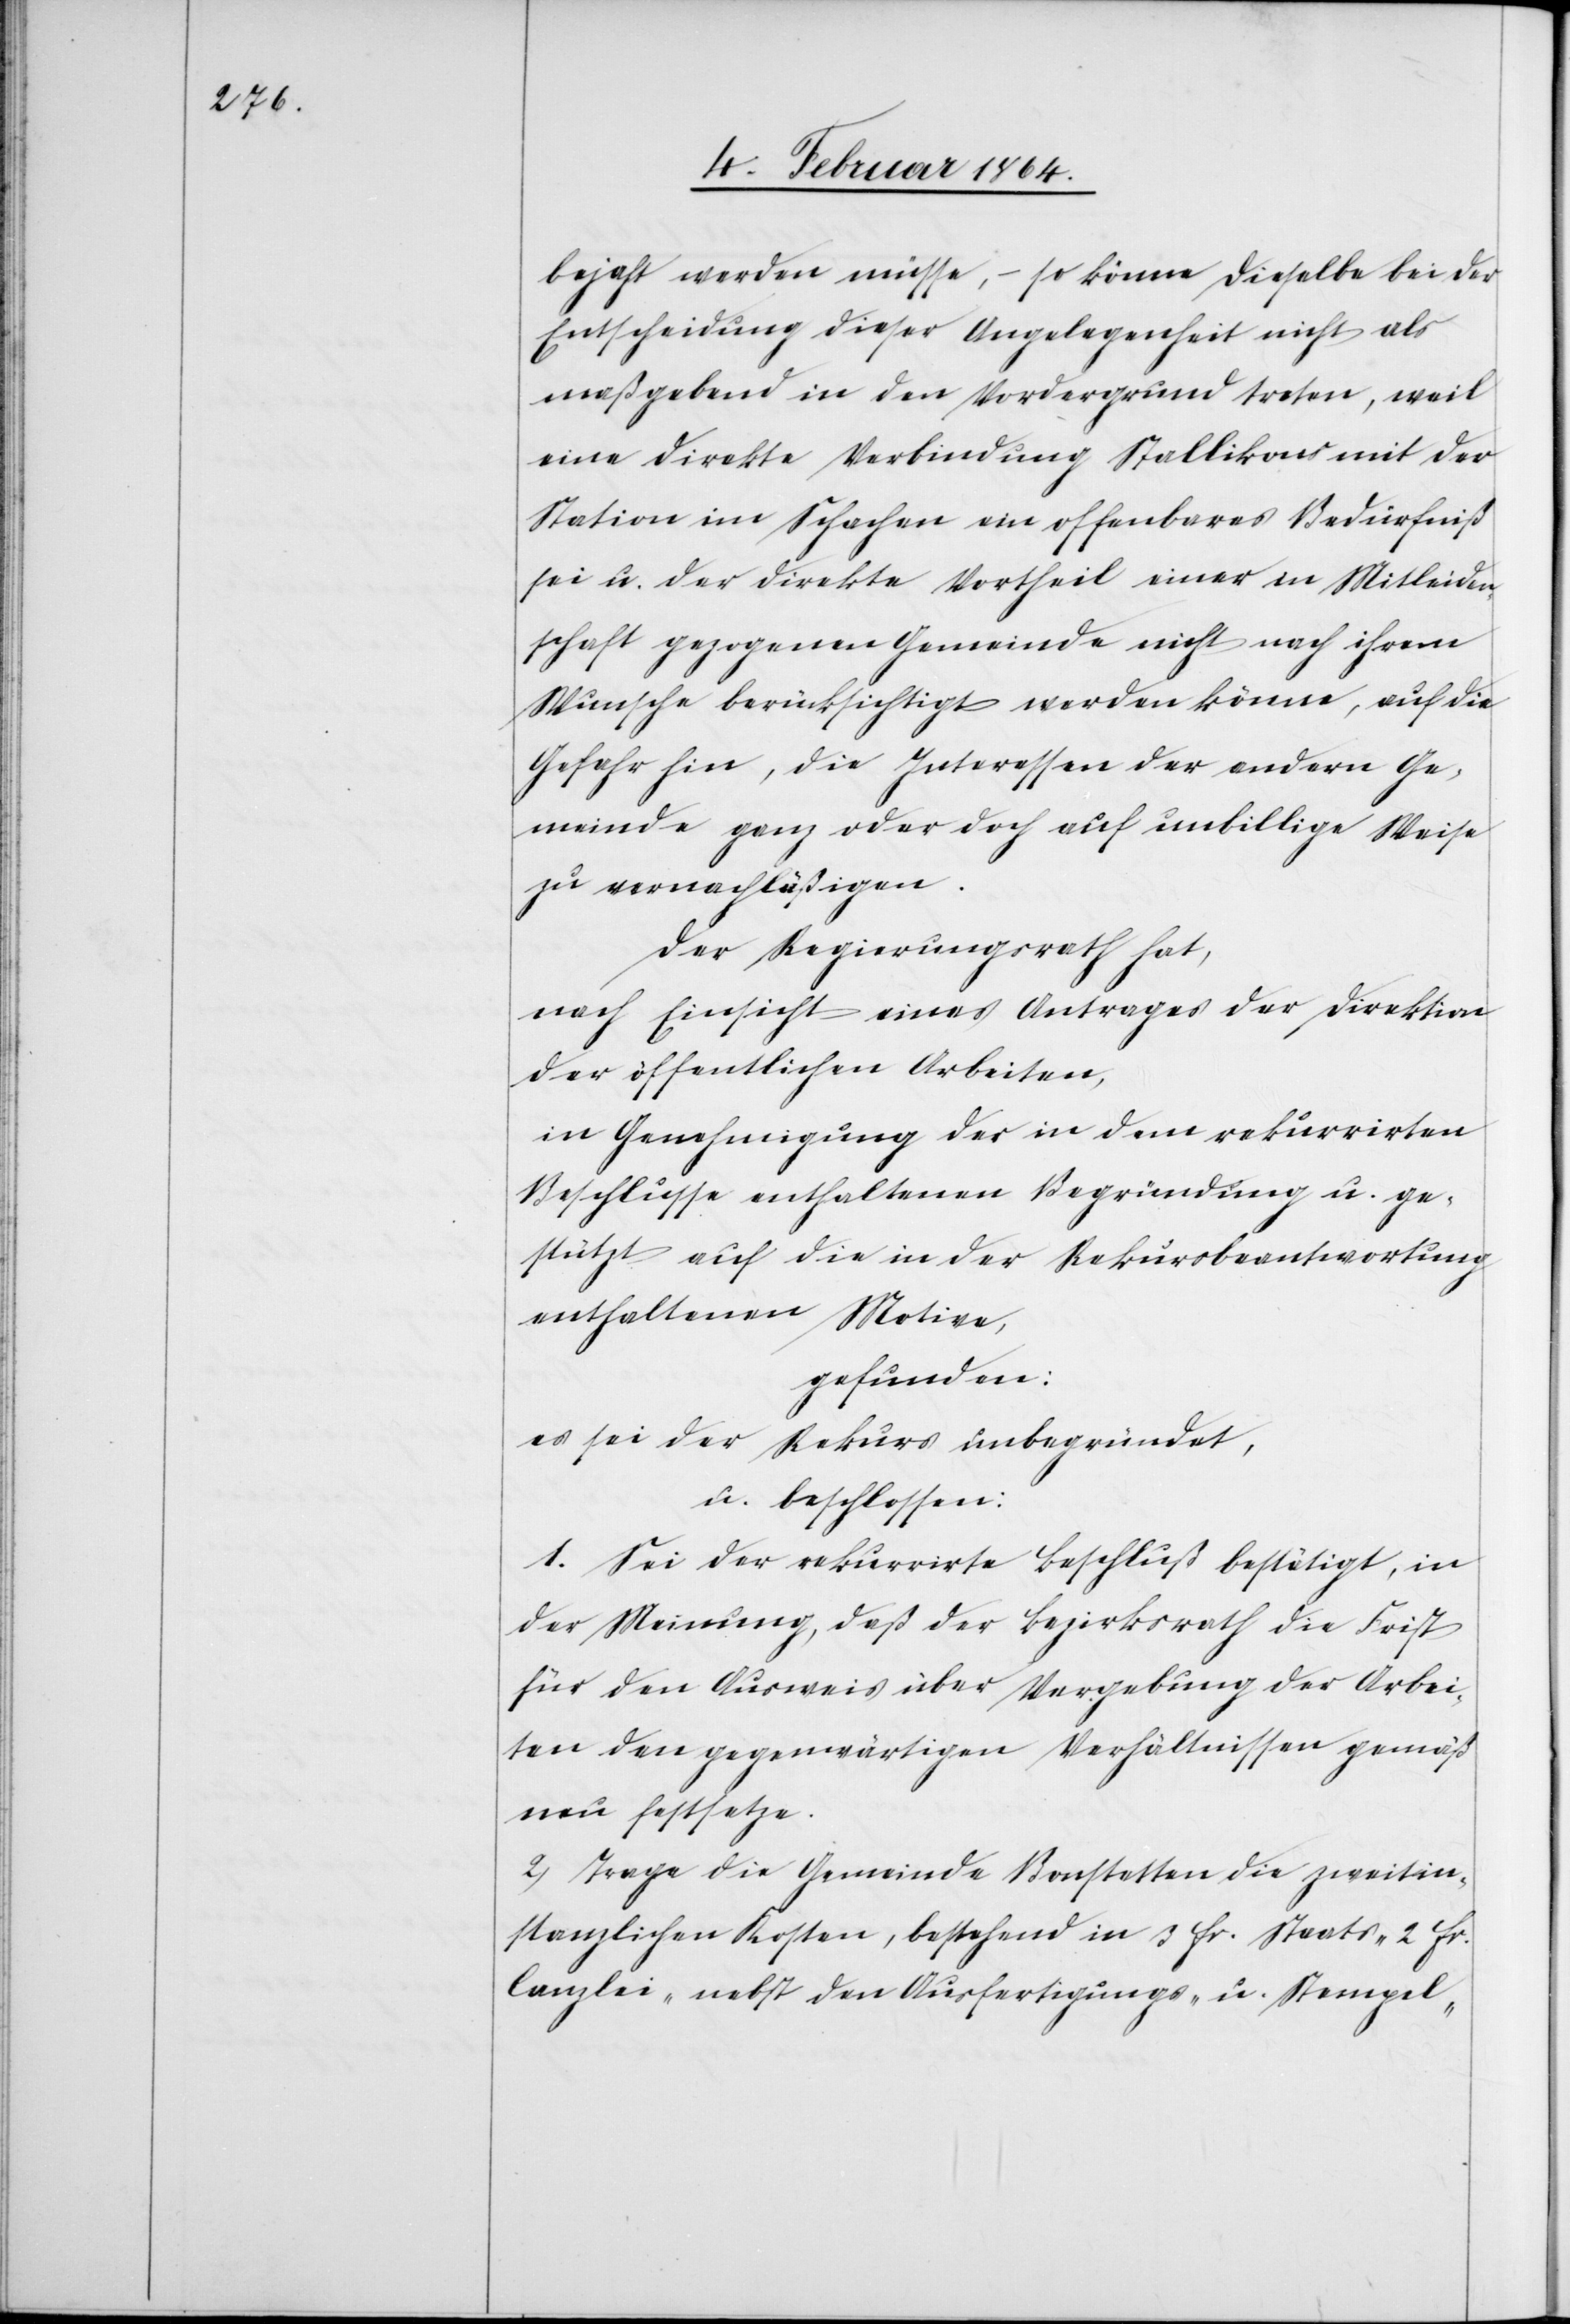
bejaht werden müsse, – so könne dieselbe bei der
Entscheidung dieser Angelegenheit nicht als
maßgebend in den Vordergrund treten, weil
eine direkte Verbindung Stallikons mit der
Station im Schachen ein offenbares Bedürfniß
sei u. der direkte Vortheil einer in Mitleiden¬
schaft gezogenen Gemeinde nicht nach ihrem
Wunsche berücksichtigt werden könne, auf die
Gefahr hin, die Interessen der andern Ge¬
meinde ganz oder doch auf unbillige Weise
zu vernachläßigen.
Der Regierungsrath hat,
nach Einsicht eines Antrages der Direktion
der öffentlichen Arbeiten,
in Genehmigung der in dem rekurrirten
Beschlusse enthaltenen Begründung u. ge¬
stützt auf die in der Rekursbeantwortung
enthaltenen Motive,
gefunden:
es sei der Rekurs unbegründet,
u. beschlossen:
1. Sei der rekurrirte Beschluß bestätigt, in
der Meinung, daß der Bezirksrath die Frist
für den Ausweis über Vergebung der Arbei¬
ten den gegenwärtigen Verhältnissen gemäß
neu festsetze.
2. Trage die Gemeinde Bonstetten die zweitin¬
stanzlichen Kosten, bestehend in 3 fr. Staats- 2 fr.
Canzlei- nebst den Ausfertigungs- u. Stempel-